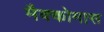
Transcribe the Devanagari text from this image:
मैक्कोमास